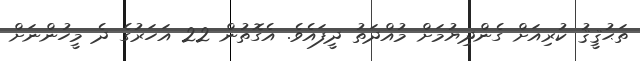
ތަޙުޤީޤު ކުރިއަށް ގެންދިޔުމަށް މުއްދަތު ދީފައެވެ. އެގޮތުން 22 އަހަރުގެ ދެ މީހުންނަށް